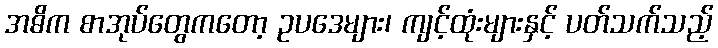
အဓိက စာအုပ်တွေကတော့ ဥပဒေများ၊ ကျင့်ထုံးများနှင့် ပတ်သက်သည့်